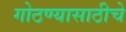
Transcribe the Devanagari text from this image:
गोठण्यासाठीचे